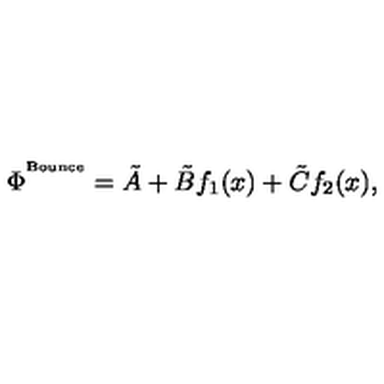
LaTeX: \Phi ^ { ^ \mathrm { B o u n c e } } = \tilde { A } + \tilde { B } f _ { 1 } ( x ) + \tilde { C } f _ { 2 } ( x ) ,